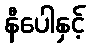
နီပေါနှင့်